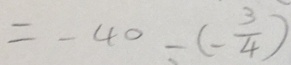
= - 4 0 - ( - \frac { 3 } { 4 } )